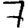
Digit: 7